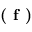
\textbf { ( f ) }